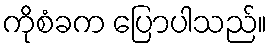
ကိုစံခက ပြောပါသည်။